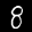
Label: 8